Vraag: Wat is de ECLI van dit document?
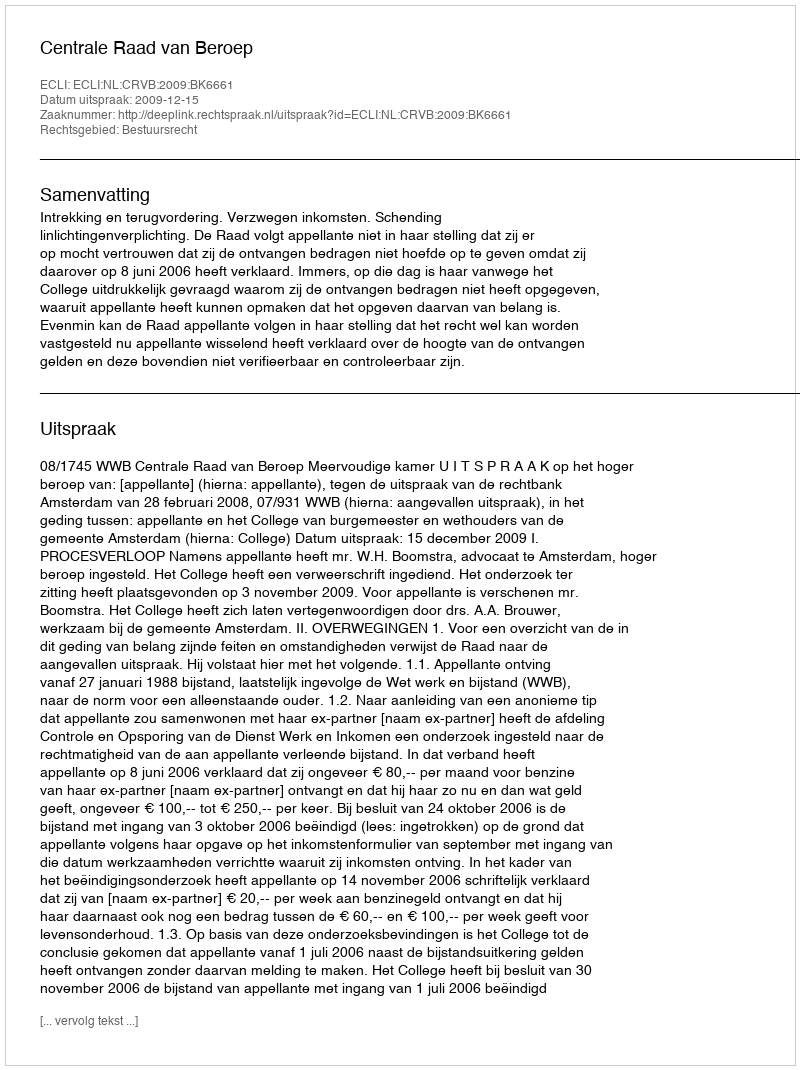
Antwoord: ECLI:NL:CRVB:2009:BK6661